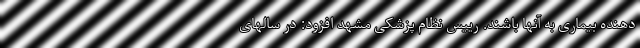
دهنده بیماری به آنها باشند. رییس نظام پزشکی مشهد افزود: در سالهای